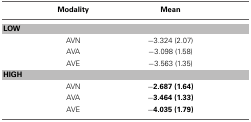
<table><thead><tr><td></td><td><b>Modality</b></td><td><b>Mean</b></td></tr></thead><tbody><tr><td colspan="3"><b>LOW</b></td></tr><tr><td></td><td>AVN</td><td>−3.324 (2.07)</td></tr><tr><td></td><td>AVA</td><td>−3.098 (1.58)</td></tr><tr><td></td><td>AVE</td><td>−3.563 (1.35)</td></tr><tr><td colspan="3"><b>HIGH</b></td></tr><tr><td></td><td>AVN</td><td><b>−2.687 (1.64)</b></td></tr><tr><td></td><td>AVA</td><td><b>−3.464 (1.33)</b></td></tr><tr><td></td><td>AVE</td><td><b>−4.035 (1.79)</b></td></tr></tbody></table>